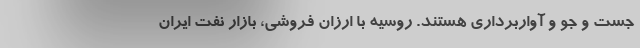
جست و جو و آواربرداری هستند. روسیه با ارزان فروشی، بازار نفت ایران